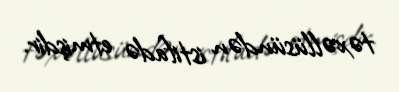
təxəllüsündən istifadə etmişdir.